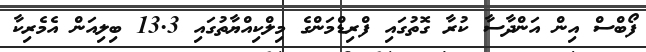
ފޯބްސް އިން އަންދާސާ ކުރާ ގޮތުގައި ފްރިޑްމަންގެ މިލްކިއްޔާތުގައި 13.3 ބިލިއަން އެމެރިކާ